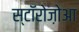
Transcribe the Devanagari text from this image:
स्टॉरोज़ोआ